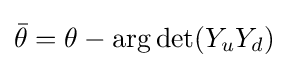
{\bar {\theta }}=\theta -\arg \det(Y_{u}Y_{d})